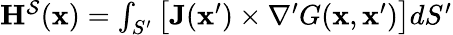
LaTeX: \begin{array}{r}{\mathbf{H}^{\mathcal{S}}(\mathbf{x})=\int_{S^{\prime}}\big[\mathbf{J}(\mathbf{x}^{\prime})\times\nabla^{\prime}G(\mathbf{x},\mathbf{x}^{\prime})\big]dS^{\prime}}\end{array}